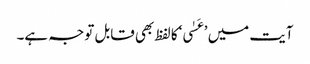
آیت میں ’عَسٰی‘کا لفظ بھی قابل توجہ ہے۔